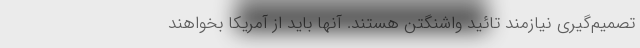
تصمیم‌گیری نیازمند تائید واشنگتن هستند. آنها باید از آمریکا بخواهند